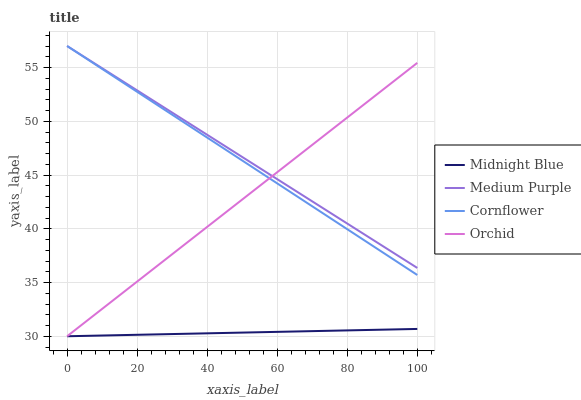
| xaxis_label | Midnight Blue | Medium Purple | Cornflower | Orchid |
 | --- | --- | --- | --- | --- |
 | 0 | 30 | 57 | 57 | 30 |
 | 25 | 30.2 | 51.8 | 51.7 | 36.4 |
 | 50 | 30.3 | 46.7 | 46.3 | 42.7 |
 | 75 | 30.5 | 41.5 | 41 | 49.1 |
 | 100 | 30.7 | 36.4 | 35.7 | 55.4 |